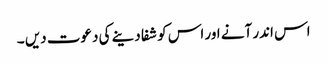
اس اندر آنے اور اس کو شفا دینے کی دعوت دیں ۔